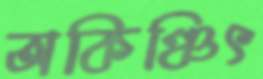
অকিঞ্চিৎ